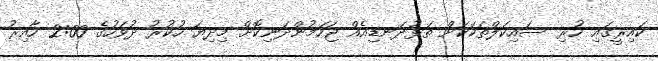
ކައިރީގައި ހުރި ސައިކަލްތަކަކަށް ތަޅުދަނޑިއެއް ޖަހަމުންދަނިކޮށް މިދިޔަ ހުކުރު ދުވަހުގެ 2:00 ހާއިރު